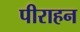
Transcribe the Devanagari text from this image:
पीराहन